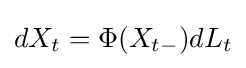
dX_{t}=\Phi (X_{t-})dL_{t}